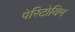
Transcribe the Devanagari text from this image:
पेरिटोयिम